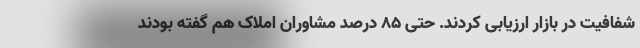
شفافیت در بازار ارزیابی کردند. حتی ۸۵ درصد مشاوران املاک هم گفته بودند